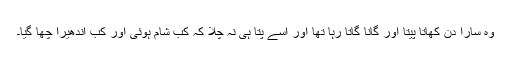
وہ سارا دن کھاتا پیتا اور گانا گاتا رہا تھا اور اسے پتا ہی نہ چلا کہ کب شام ہوئی اور کب اندھیرا چھا گیا۔